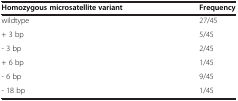
<table><thead><tr><td><b>Homozygous microsatellite variant</b></td><td><b>Frequency</b></td></tr></thead><tbody><tr><td>wildtype</td><td>27/45</td></tr><tr><td>+ 3 bp</td><td>5/45</td></tr><tr><td>- 3 bp</td><td>2/45</td></tr><tr><td>+ 6 bp</td><td>1/45</td></tr><tr><td>- 6 bp</td><td>9/45</td></tr><tr><td>- 18 bp</td><td>1/45</td></tr></tbody></table>